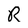
Character: R